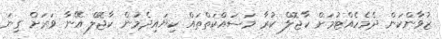
ޒުވާންކަން ދެމެހެއްޓުމަށް ކާޖޮލް ކުރާ މަސައްކަތްތައް ކިޔައިދެމުން ކާޖޮލް އޭނާ ވަރަށް ގިނަ